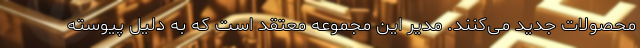
محصولات جدید می‌کنند. مدیر این مجموعه معتقد است که به دلیل پیوسته